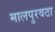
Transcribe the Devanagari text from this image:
मालपुरवठा